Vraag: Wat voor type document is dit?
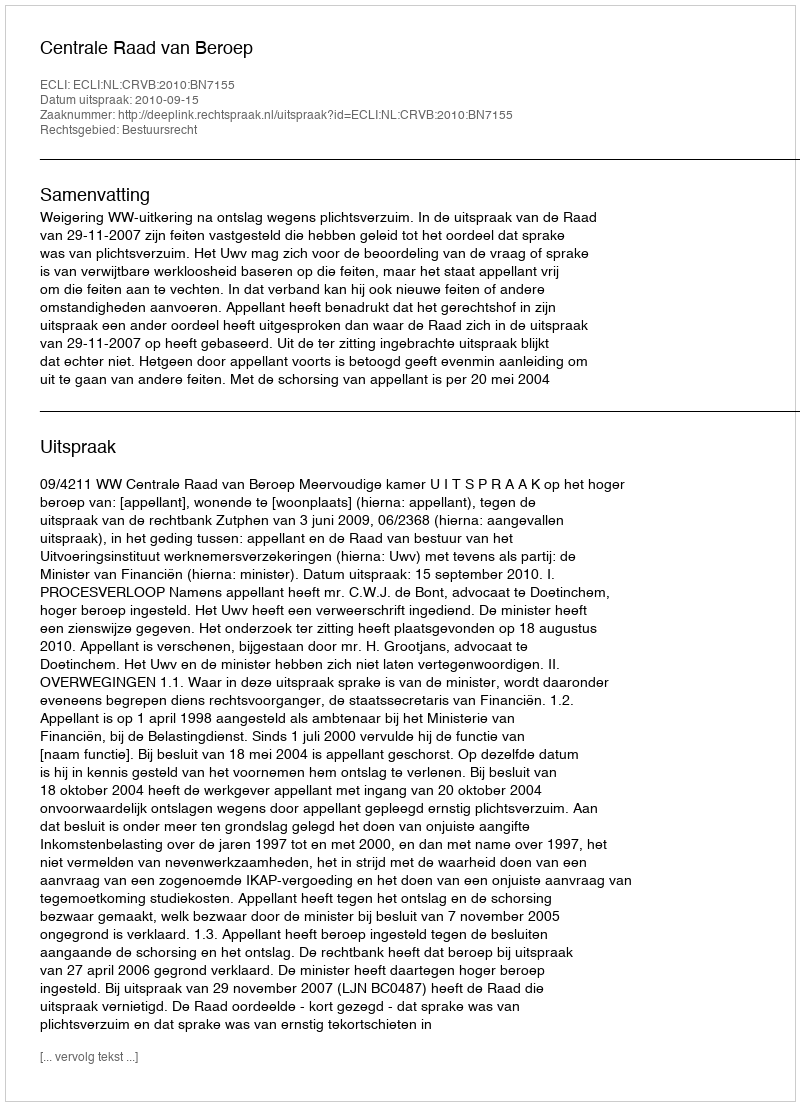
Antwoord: Uitspraak